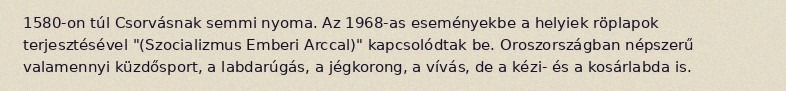
1580-on túl Csorvásnak semmi nyoma. Az 1968-as eseményekbe a helyiek röplapok terjesztésével "(Szocializmus Emberi Arccal)" kapcsolódtak be. Oroszországban népszerű valamennyi küzdősport, a labdarúgás, a jégkorong, a vívás, de a kézi- és a kosárlabda is.